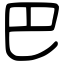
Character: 巴